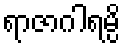
ရာဇာဂါရမ္ပိ